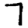
Digit: 7